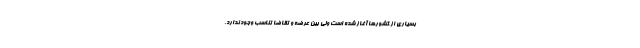
بسیاری از کشورها آغاز شده است ولی بین عرضه و تقاضا تناسب وجود ندارد.